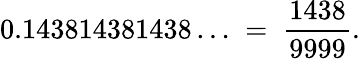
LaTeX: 0.143814381438\ldots\; =\; {\frac{1438}{9999}}.